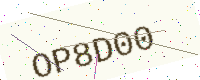
Text: OP8D00